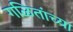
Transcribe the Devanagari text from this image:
गळितांच्या